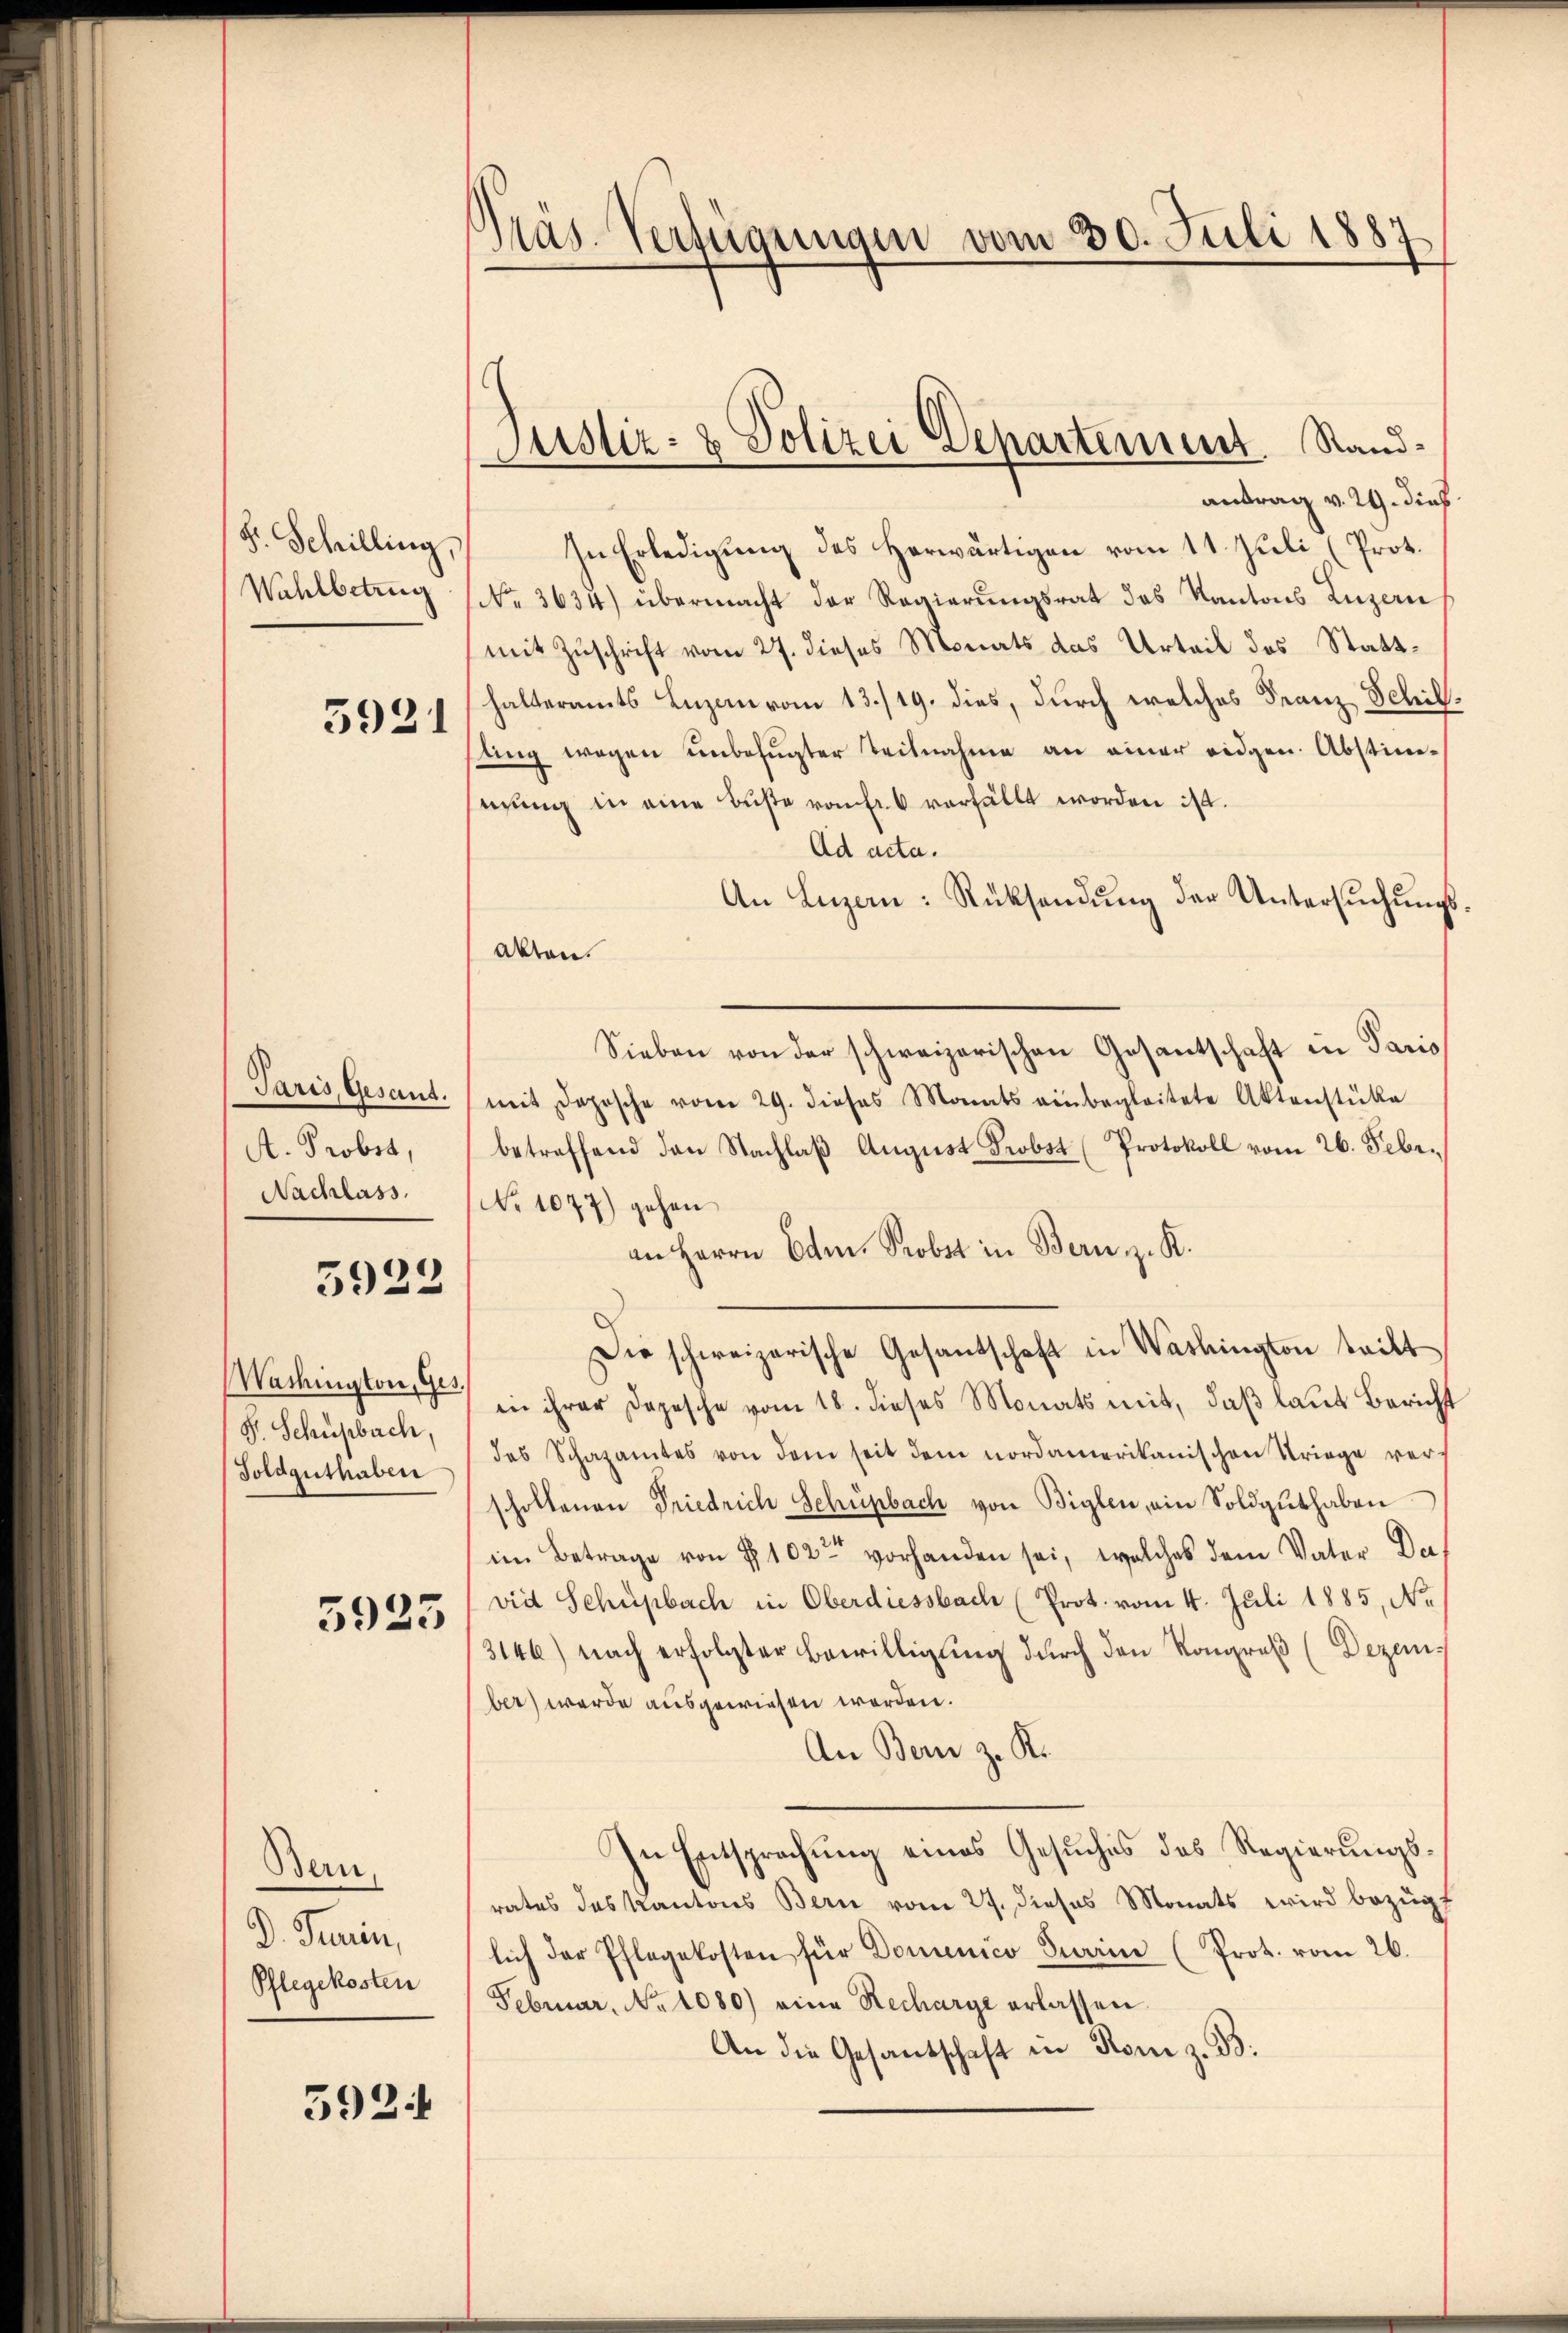
F. Schilling,

5921

A. Probst,
Nachlass

5923

S. Schupbach,
Foldguthaben

5925

Bern,
D. Turin,
Pflegekosten

5924

Präs. Verfügungen vom 30. Juli 1887

antrag v. 24. dies
In Erledigung des Herwärtigen vom 11. Juli (Prot.
Wahlbetrug (No. 3634) übermacht der Regierungsrat des Kantons Luzern,
(mit Zuschrift vom 27. dieses Monats das Urteil des Statthalteramts Luzauvom 13./19. dies, durch welches Franz Schilsling wegen unbefugter Teilnahme an einer eidgen. Abstimsizung in eine Büste von Erb verfällt worden ist.
Ad acta.
An Luzern: Rücksendung der Untersuchungs¬
Akten.
Sieben von der schweizerischen Gesantschaft in Paris
Paris, Gesant. (mit doposche vom 29. dieses Monats einbegleitete Aktenstücke
betreffend den Nachlaβ August Probst (Protokoll vom 26. Febr.
No 1077) gehen
an Herrn Eden. Probst in Bern z. R.
Die schweizerische Gesandschaft in Washington tritt
Washington in ihrer Depesche vom 18. dieses Monats mit, daß laut Bericht
des Schazamtes von dem seit dem nordamerikanischen Kriege verscholtenen Friedrich Schüpbach von Biglen, ein Soldgŭthaben
im Betrage von P. 102 vorhanden sei, welches dem Vater De
vid Schupbach in Oberdiessbach (Prot. vom 4. Juli 1885, No.
3146) nach erfolgter Bewilligung durch den Kongreß (Dezember) werde ausgewiesen worden.
An Bern z. R.
In Entsprechung eines Gesuches des Regierungsrates das Kantons Bern vom 27. dieses Monats wird bezüglich der Pflegekosten für Domenico Turin (Prot. vom 26.
Februar, No 1080) eine Recharge erlassen.
An die Gesandschaft in Rom z. B.

Justiz- & Polizei Departement Stand¬